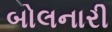
બોલનારી